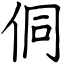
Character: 侗